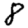
Digit: 8